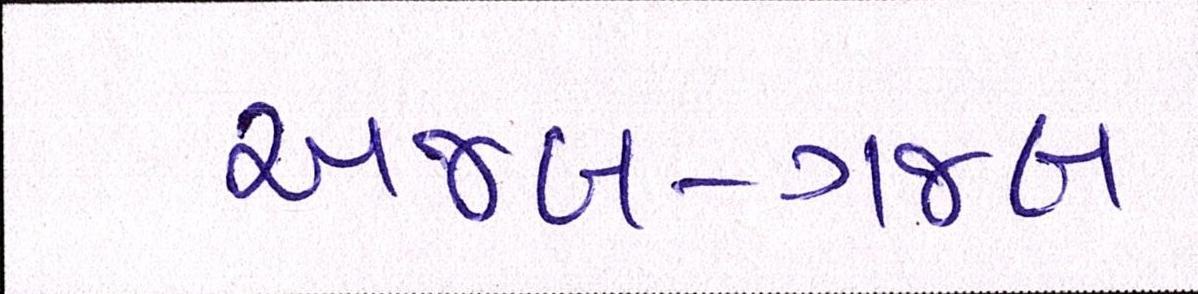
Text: અજબ-ગજબ